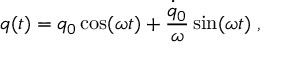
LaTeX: q ( t ) = q _ { 0 } \cos ( \omega t ) + { \frac { \dot { q } _ { 0 } } { \omega } } \sin ( \omega t ) \; ,